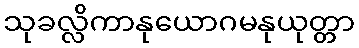
သုခလ္လိကာနုယောဂမနုယုတ္တာ